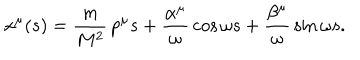
x ^ { \mu } ( s ) = \frac { m } { M ^ { 2 } } \, p ^ { \mu } s + \frac { \alpha ^ { \mu } } { \omega } \, \cos \omega s + \frac { \beta ^ { \mu } } { \omega } \, \sin \omega s .